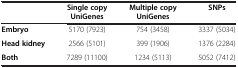
|  | Single copy UniGenes | Multiple copy UniGenes | SNPs |
 | --- | --- | --- | --- |
 | Embryo | 5170 (7923) | 754 (3458) | 3337 (5034) |
 | Head kidney | 2566 (5101) | 399 (1906) | 1376 (2284) |
 | Both | 7289 (11100) | 1234 (5113) | 5052 (7412) |